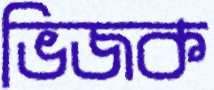
ভিজক